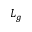
L _ { g }